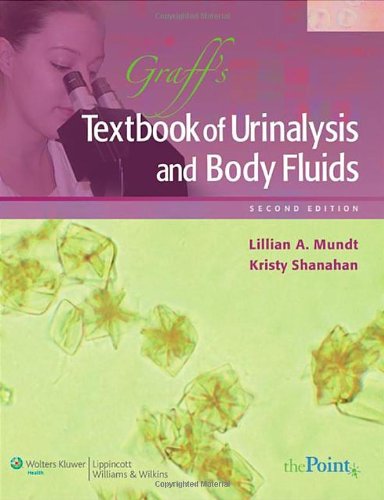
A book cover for Graff's Textbook of Urinalysis and Body Fluids; Lillian Mundt; Medical Books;